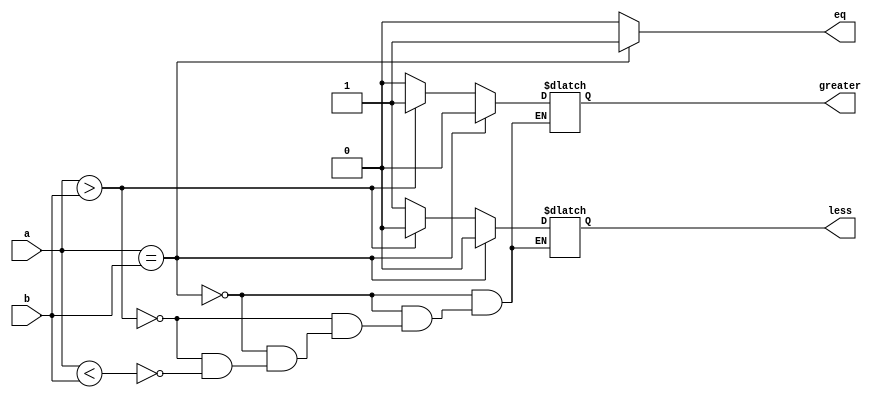
module Comparator_Behavioral #(parameter size = 4)(
    eq, 
    greater, 
    less,
    a,
    b    
    );
    
    output reg eq;
    output reg greater;
    output reg less;
    input [size-1:0]a;
    input [size-1:0]b;
    
    always@(*)
    begin
        if(a==b)
        begin
            eq = 1'b1;
            greater = 1'b0;
            less = 1'b0;
        end
        
        else if(a>b)
        begin
            eq = 1'b0;
            greater = 1'b1;
            less = 1'b0;
        end
        
        else if(a<b)
        begin
            eq = 1'b0;
            greater = 1'b0;
            less = 1'b1;
        end
        
        else
        begin
            eq = 1'b0;
            left = 1'b0;
            right = 1'b0;
        end
    end
endmodule